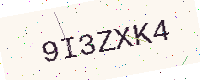
Text: 9I3ZXK4